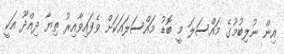
އިން ނުލިބުމުގެ މައްސަލަ މީ ބޮޑު މައްސަލައަކަށް ވެފައިވާއިރު ތިޔާ ދިއްދޫ އަކީ